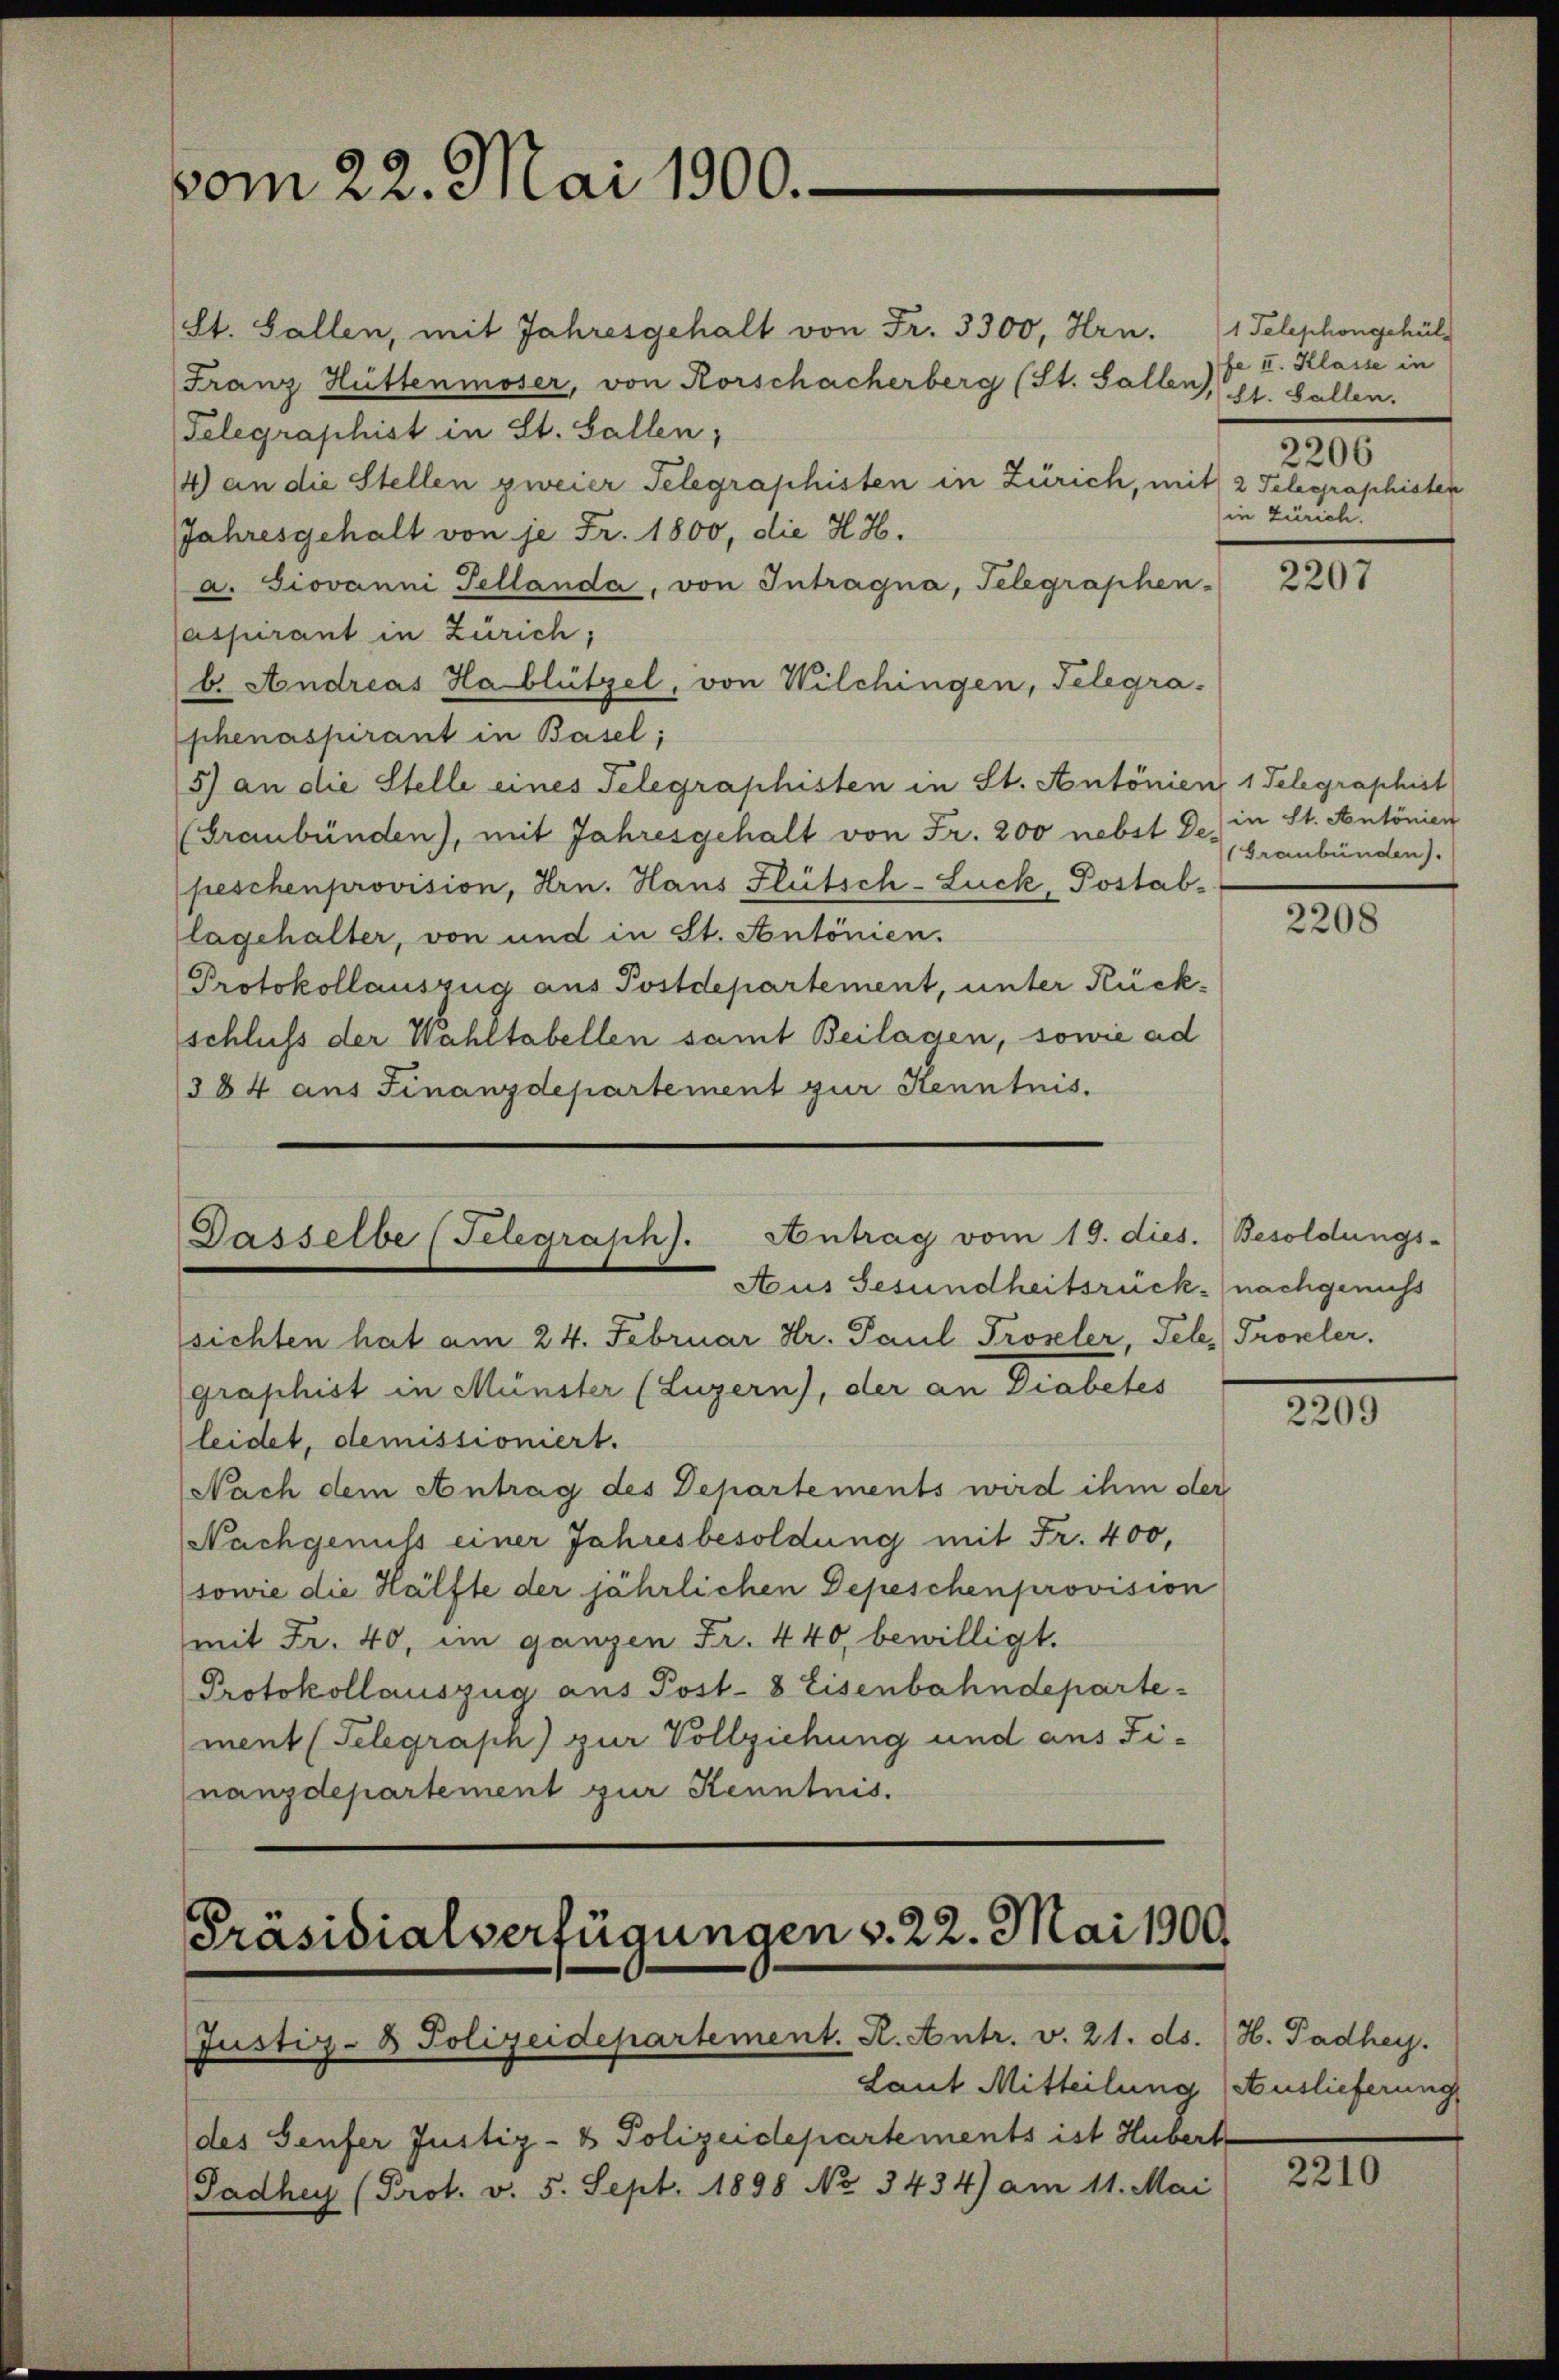
vom 22. Mai 1900.

St. Gallen, mit Jahresgehalt von Fr. 3300, Hrn.
Franz Hüttenmoser, von Rorschacherberg (St. Gallen, St. Gallen.
Telegraphist in St. Gallen;
14) an die Stellen zweier Telegraphisten in Zürich, mit 2 Telegraphisten
Jahresgehalt von je Fr. 1800, die H.H.
a. Giovanni Tellanda, von Intragna, Telegraphen-
aspirant in Zürich;
b. Andreas Hablützel, von Wilchingen, Telegra-
phenaspirant in Basel;
5) an die Stelle eines Telegraphisten in St. Antonien 1 Telegraphist
(Graubünden), mit Jahresgehalt von Fr. 200 nebst De) in St. Antönien
peschenprovision, Hrn. Haus Flütsch-Luck, Postab-
lagehalter, von und in St. Antonien.
Protokollauszug aus Postdepartement, unter Rückschluss der Wahltabellen samt Beilagen, sowie ad
384 aus Finanzdepartement zur Kenntnis.

Gasselbe (Felegraph). Antrag vom 19. dies. Besoldungs-
Aus Gesundheitsrück nachgenuss

sichten hat am 24. Februar Hr. Paul Prozeler, Tele. Proseler.
graphist in Münster (Luzern), der an Diabetes
leidet, demissioniert.
Nach dem Antrag des Departements wird ihm der
Nachgenuss einer Jahresbesoldung mit Fr. 400,
sowie die Hälfte der jährlichen Depeschen provision
mit Fr. 40, im ganzen Fr. 440, bewilligt.
Protokollauszug aus Post- 8 Eisenbahndepartement (Telegraph) zur Vollziehung und aus Finanzdepartement zur Kenntnis.

Präsidialverfügungen v. 22. Mai 1900.

Justiz- & Polizeidepartement. R. Antr. v. 21. ds. H. Padhey.
Laut Mitteilung (Auslieferung
des Genfer Justiz- & Polizeidepartements ist Hubert
Sadhey (Prot. v. 5. Sept. 1898 No 3434) am 11. Mai

1 Telephongehülfe I. Klasse in
2206
in Zürich.

Graubünden).

2207

2208

200

2210